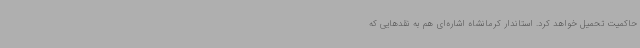
حاکمیت تحمیل خواهد کرد. استاندار کرمانشاه اشاره‌ای هم به نقدهایی که